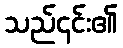
သည်၎င်း၏